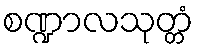
စဏ္ဍာလသုတ္တံ